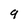
Character: 9